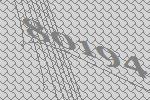
80194